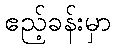
ဧည့်ခန်းမှာ